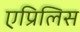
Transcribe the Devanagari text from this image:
एप्रिलिस